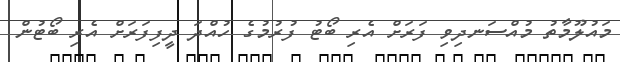
މައުލޫމާތު މުއްސަނދިވި ފަރަށް އެރި ބޯޓު ފުރުމުގެ ހުއްދަ ދީފިފަރަށް އެރި ބޯޓުން